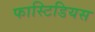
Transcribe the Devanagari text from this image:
फास्टिडियस